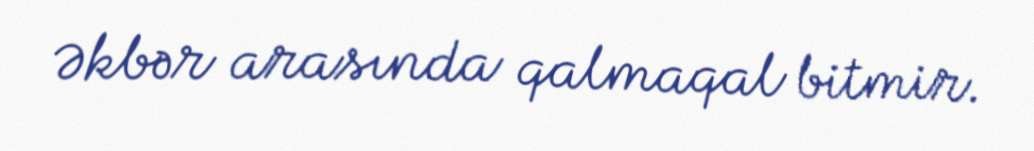
Əkbər arasında qalmaqal bitmir.